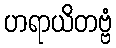
ဟရာယိတဗ္ဗံ